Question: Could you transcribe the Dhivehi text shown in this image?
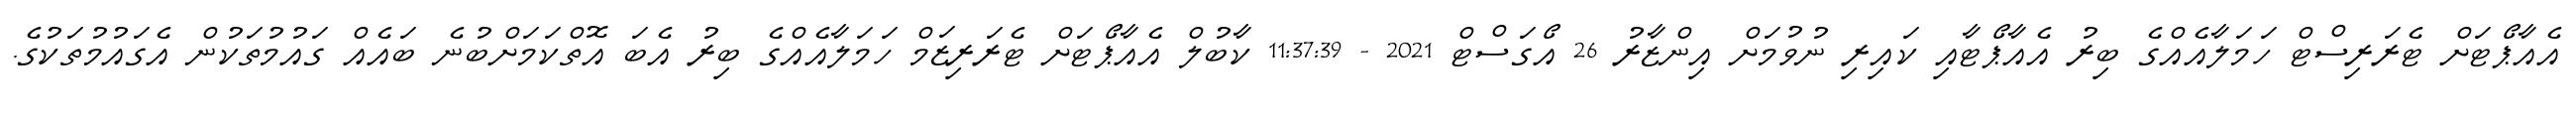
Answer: އެއާޕޯޓަށް ޓެރަރިސްޓް ހަމަލާއެއްގެ ބިރު އެއާޕޯޓާއި ކައިރި ނުވުމަށް އިންޒާރު 26 އޯގަސްޓް 2021 - 11:37:39 ކާބުލް އެއާޕޯޓަށް ޓެރަރިޒަމް ހަމަލާއެއްގެ ބިރު އެބަ އޮތްކަމަށްބުނެ ބައެއް ގައުމުތަކުން އެގައުމުތަކުގެ.